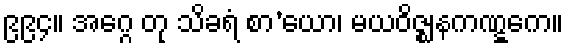
၉၉၄။ အဂ္ဂေ တု သိခရံ စာ’ယော၊ မယဝိဇ္ဈနကဏ္ဋကေ။